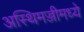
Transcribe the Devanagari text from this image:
अस्थिमज्जीमध्ये